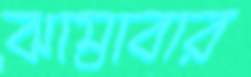
ঝাম্‌রাবার